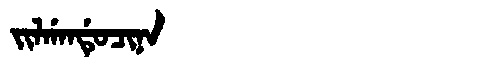
Manchu: ᠵᡳᠯᡤᠠᠨᡩᡠᠴᡳᠨᠠ
Romanization: JILGANDUCINA